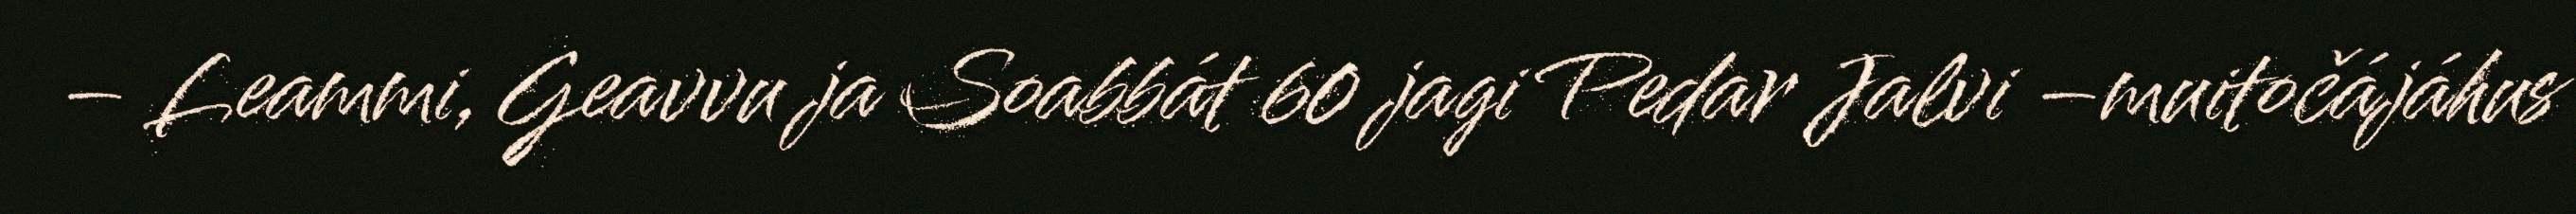
– Leammi, Geavvu ja Soabbát 60 jagi Pedar Jalvi –muitočájáhus